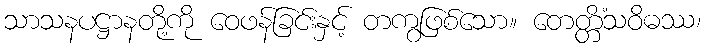
သာသနပဋ္ဌာနတို့ကို ဝေဖန်ခြင်းနှင့် တကွဖြစ်သော။ တေတ္တိံသဝိဓဿ၊